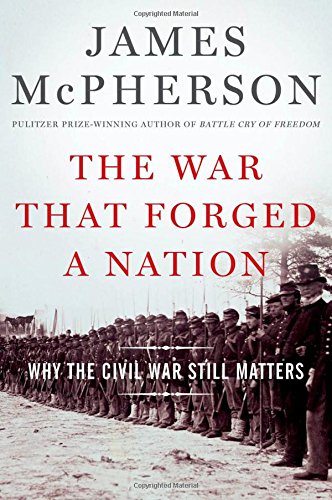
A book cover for The War That Forged a Nation: Why the Civil War Still Matters; James M. McPherson; History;